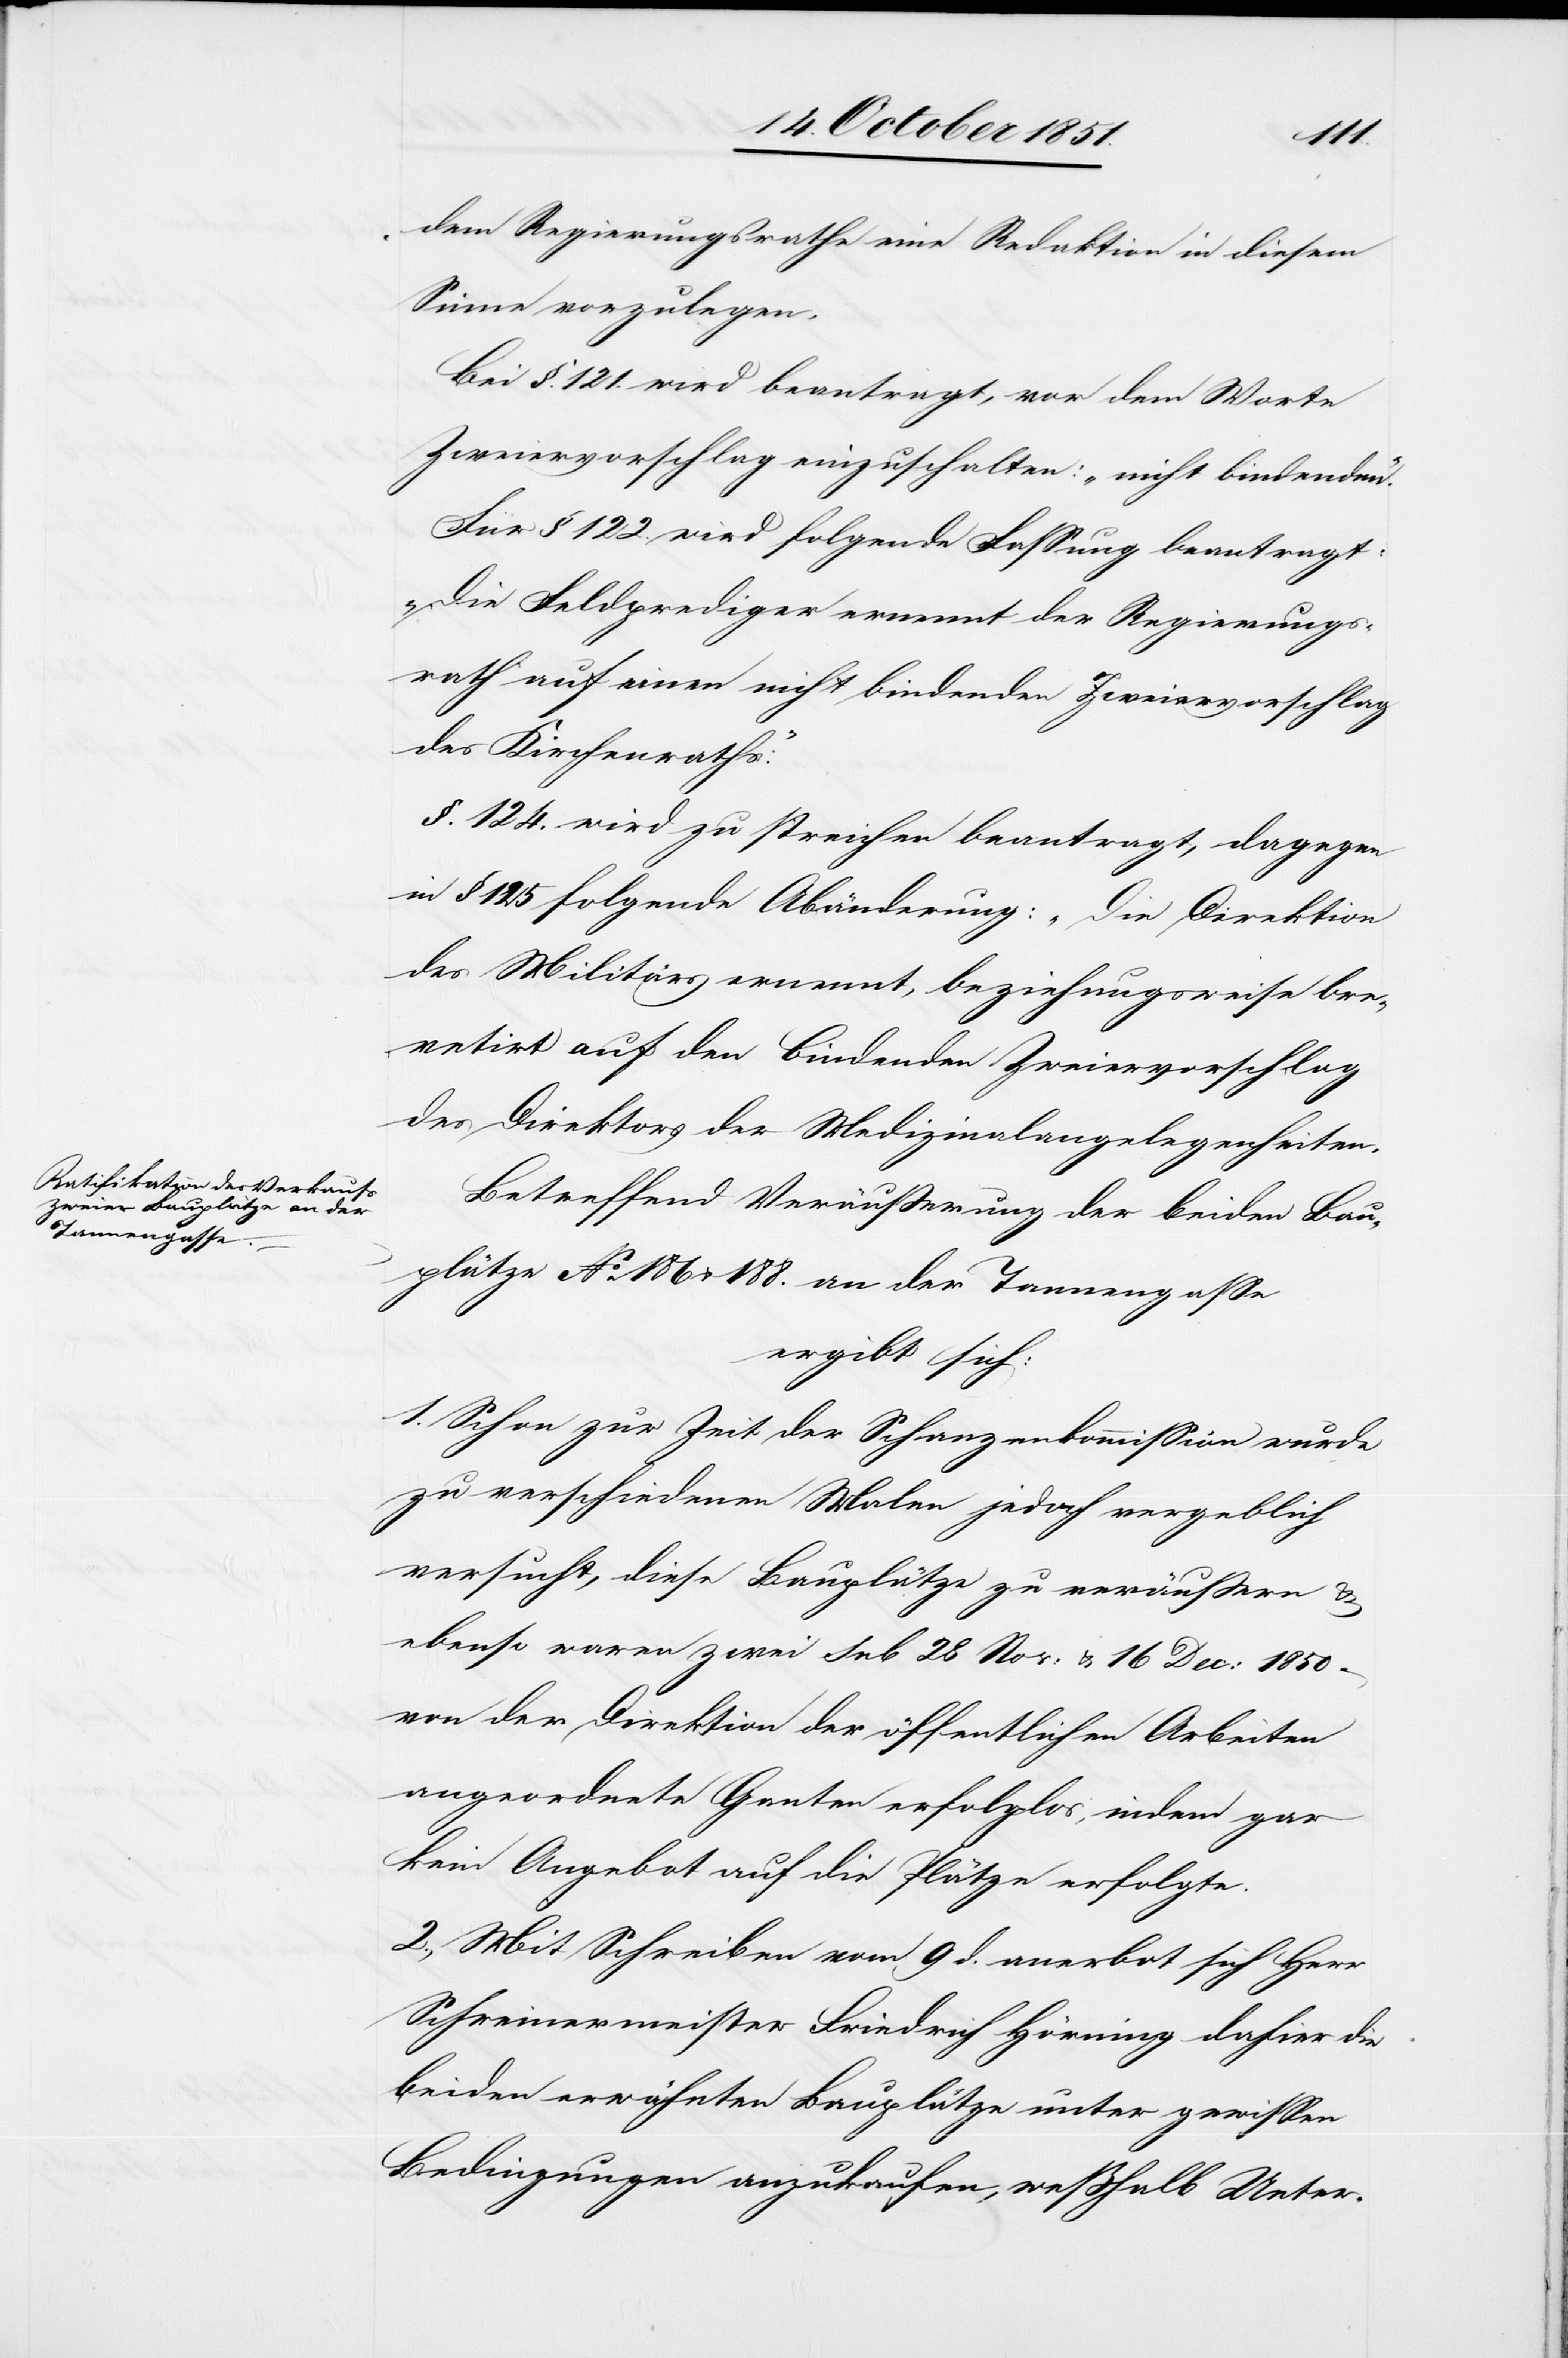
dem Regierungsrathe eine Redaktion in diesem
Sinne vorzulegen.
Bei §. 121. wird beantragt, vor dem Worte
Zweiervorschlag einzuschalten: „nicht bindenden“.
Für § 122. wird folgende Fassung beantragt:
„Die Feldprediger ernennt der Regierungs¬
rath auf einen nicht bindenden Zweiervorschlag
des Kirchenraths:“
§. 124. wird zu streichen beantragt, dagegen
in § 125 folgende Abänderung: „Die Direktion
des Militärs ernennt, beziehungsweise bre¬
vetirt auf den bindenden Zweiervorschlag
des Direktors der Medizinalangelegenheiten.[“]
Betreffend Veräußerung der beiden Bau¬
plätze No. 186 & 188. an der Tannengasse
ergibt sich:
1. Schon zur Zeit der Schanzenkommission wurde
zu verschiedenen Malen jedoch vergeblich
versucht, diese Bauplätze zu veräußern &
ebenso waren zwei sub 28 Nov: & 16 Dec: 1850
von der Direktion der öffentlichen Arbeiten
angeordnete Ganten erfolglos, indem gar
kein Angebot auf die Plätze erfolgte.
2., Mit Schreiben vom 9 d. anerbot sich Herr
Schreinermeister Friedrich Hörning dahier die
beiden erwähnten Bauplätze unter gewissen
Bedingungen anzukaufen, weßhalb Unter-